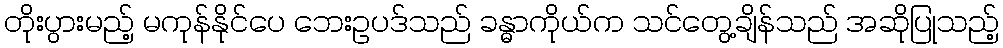
တိုးပွားမည့် မကုန်နိုင်ပေ ဘေးဥပဒ်သည် ခန္ဓာကိုယ်က သင်တွေ့ချိန်သည် အဆိုပြုသည့်